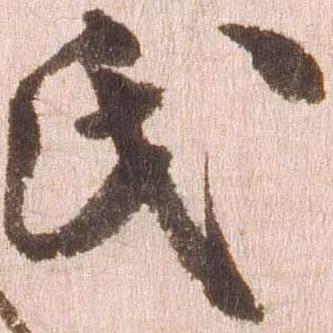
氏